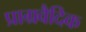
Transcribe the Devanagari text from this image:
प्राग्रवैदिक